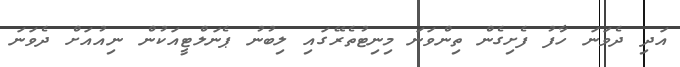
އަދި ދެވަނަ ހާފު ފެށިގެން ތިންވަނަ މިނިޓުތެރޭގައި ލިބުނު ޕެނަލްޓީއަކުން ނިއުއަށް ދެވަނަ